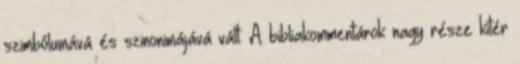
szimbólumává és szinonimájává vált. A bibliakommentárok nagy része kitér